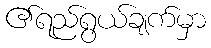
၏ရည်ရွယ်ချက်မှာ